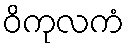
ဝိကုလကံ